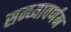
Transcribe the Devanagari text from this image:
सन्ध्यावर्णन